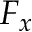
F _ { x }